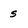
Character: s